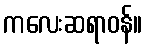
ကလေးဆရာဝန်။